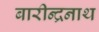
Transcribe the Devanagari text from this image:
बारीन्द्रनाथ